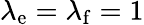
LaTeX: \lambda_{\mathrm{e}}=\lambda_{\mathrm{f}}=1